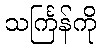
သင်္ကြန်ကို